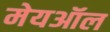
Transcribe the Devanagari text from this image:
मेयऑल